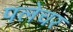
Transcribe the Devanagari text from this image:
पलेचर